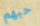
حبهم